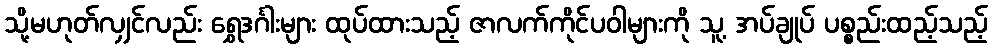
သို့မဟုတ်လျှင်လည်း ရွှေဒင်္ဂါးများ ထုပ်ထားသည့် ဇာလက်ကိုင်ပဝါများကို သူ့ အပ်ချုပ် ပစ္စည်းထည့်သည့်